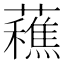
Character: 䕴